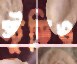
স্টুডিও